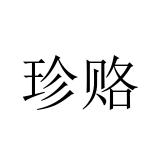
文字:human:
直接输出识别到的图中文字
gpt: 珍赂